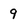
Character: 9